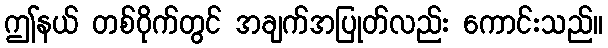
ဤနယ် တစ်ဝိုက်တွင် အချက်အပြုတ်လည်း ကောင်းသည်။